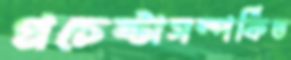
প্রচেষ্টাসম্পর্কিত